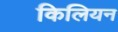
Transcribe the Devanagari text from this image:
किलियन